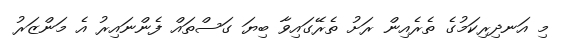
މި އަނދިރިކަމުގެ ތެރެއިން ރަށު ތެރޭގައިވާ ބިޔަ ގަސްތައް ފެންނައިރު އެ މަންޒަރު